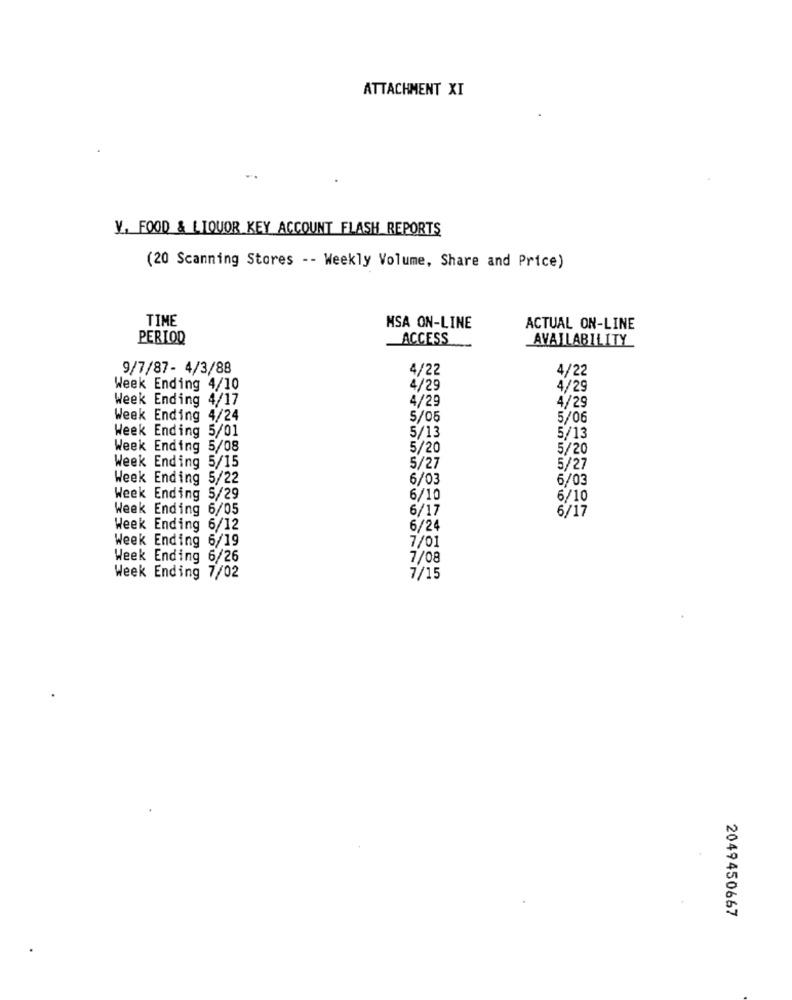
ATTACHMENT XI
V. FOOD & LIQUOR KEY ACCOUNT FLASH_REPORTS
(20 Scanning Stores -- Weekly Volume, Share and Price)
TIME
MSA ON-LINE
ACTUAL ON-LINE
PERIOD
ACCESS
AVAILABILITY
9/7/87- 4/3/88
4/22
4/22
Week Ending 4/10
4/29
4/29
Week Ending 4/17
4/29
4/29
Week Ending 4/24
5/05
5/06
Week Ending 5/01
5/13
5/13
Week Ending 5/08
5/20
5/20
Week Ending 5/15
5/27
5/27
Week Ending 5/22
6/03
6/03
Week Ending 5/29
6/10
6/10
Week Ending 6/05
6/17
6/17
Week Ending 6/12
6/24
Week Ending 6/19
7/01
Week Ending 6/26
7/08
Week Ending 7/02
7/15
2049450667